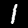
Digit: 1